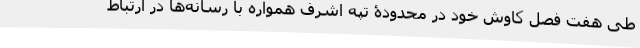
طی هفت فصل کاوش خود در محدودۀ تپه اشرف همواره با رسانه‌ها در ارتباط